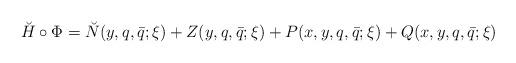
LaTeX: \begin{align*}\breve H\circ\Phi={\breve N}(y,q,\bar q;\xi)+{Z}(y,q,\bar q;\xi)+{P}(x,y,q,\bar q;\xi)+{ Q}(x,y,q,\bar q;\xi)\end{align*}